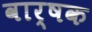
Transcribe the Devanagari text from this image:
वार्षक